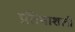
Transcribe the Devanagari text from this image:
प्रतिभाशली